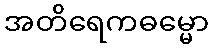
အတိရေကဓမ္မော